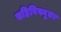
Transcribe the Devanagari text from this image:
सहिविस्नुता